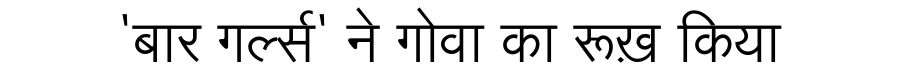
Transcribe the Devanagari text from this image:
'बार गर्ल्स' ने गोवा का रूख़ किया